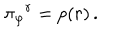
LaTeX: \pi { _ { \varphi } } { ^ { r } } = p ( r ) \, .